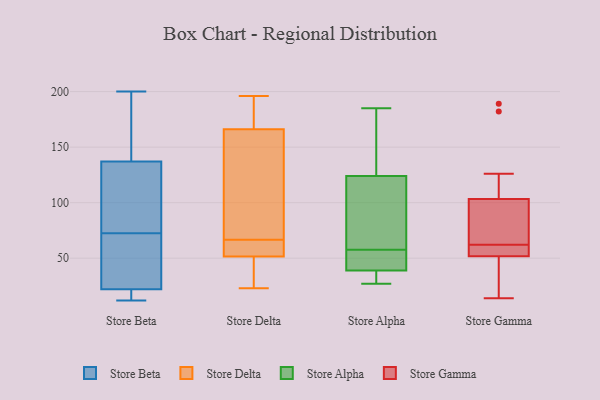
{"axis": {"x": "Page Views", "y": "Value"}, "legend": ["Store Alpha", "Store Beta", "Store Delta", "Store Gamma"], "data": [{"x": "", "y": 33, "type": "Store Beta"}, {"x": "", "y": 31, "type": "Store Beta"}, {"x": "", "y": 22, "type": "Store Beta"}, {"x": "", "y": 22, "type": "Store Beta"}, {"x": "", "y": 137, "type": "Store Beta"}, {"x": "", "y": 200, "type": "Store Beta"}, {"x": "", "y": 112, "type": "Store Beta"}, {"x": "", "y": 155, "type": "Store Beta"}, {"x": "", "y": 127, "type": "Store Beta"}, {"x": "", "y": 12, "type": "Store Beta"}, {"x": "", "y": 65, "type": "Store Delta"}, {"x": "", "y": 23, "type": "Store Delta"}, {"x": "", "y": 65, "type": "Store Delta"}, {"x": "", "y": 48, "type": "Store Delta"}, {"x": "", "y": 148, "type": "Store Delta"}, {"x": "", "y": 194, "type": "Store Delta"}, {"x": "", "y": 47, "type": "Store Delta"}, {"x": "", "y": 55, "type": "Store Delta"}, {"x": "", "y": 115, "type": "Store Delta"}, {"x": "", "y": 68, "type": "Store Delta"}, {"x": "", "y": 196, "type": "Store Delta"}, {"x": "", "y": 184, "type": "Store Delta"}, {"x": "", "y": 112, "type": "Store Alpha"}, {"x": "", "y": 171, "type": "Store Alpha"}, {"x": "", "y": 97, "type": "Store Alpha"}, {"x": "", "y": 185, "type": "Store Alpha"}, {"x": "", "y": 55, "type": "Store Alpha"}, {"x": "", "y": 39, "type": "Store Alpha"}, {"x": "", "y": 55, "type": "Store Alpha"}, {"x": "", "y": 142, "type": "Store Alpha"}, {"x": "", "y": 132, "type": "Store Alpha"}, {"x": "", "y": 31, "type": "Store Alpha"}, {"x": "", "y": 60, "type": "Store Alpha"}, {"x": "", "y": 116, "type": "Store Alpha"}, {"x": "", "y": 39, "type": "Store Alpha"}, {"x": "", "y": 32, "type": "Store Alpha"}, {"x": "", "y": 44, "type": "Store Alpha"}, {"x": "", "y": 27, "type": "Store Alpha"}, {"x": "", "y": 107, "type": "Store Gamma"}, {"x": "", "y": 60, "type": "Store Gamma"}, {"x": "", "y": 30, "type": "Store Gamma"}, {"x": "", "y": 24, "type": "Store Gamma"}, {"x": "", "y": 50, "type": "Store Gamma"}, {"x": "", "y": 60, "type": "Store Gamma"}, {"x": "", "y": 57, "type": "Store Gamma"}, {"x": "", "y": 118, "type": "Store Gamma"}, {"x": "", "y": 88, "type": "Store Gamma"}, {"x": "", "y": 59, "type": "Store Gamma"}, {"x": "", "y": 92, "type": "Store Gamma"}, {"x": "", "y": 22, "type": "Store Gamma"}, {"x": "", "y": 82, "type": "Store Gamma"}, {"x": "", "y": 126, "type": "Store Gamma"}, {"x": "", "y": 62, "type": "Store Gamma"}, {"x": "", "y": 182, "type": "Store Gamma"}, {"x": "", "y": 92, "type": "Store Gamma"}, {"x": "", "y": 14, "type": "Store Gamma"}, {"x": "", "y": 189, "type": "Store Gamma"}]}